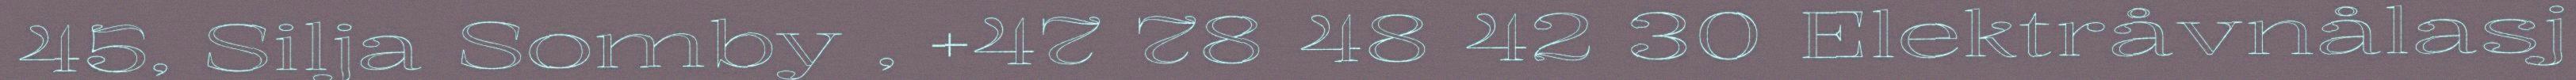
45, Silja Somby , +47 78 48 42 30 Elektråvnålasj